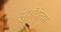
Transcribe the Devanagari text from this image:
झुवॉटीच्या